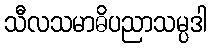
သီလသမာဓိပညာသမ္ပဒါ